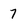
Character: 7